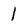
Character: 1